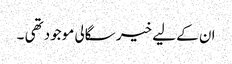
ان کے لیے خیر سگالی موجود تھی ۔